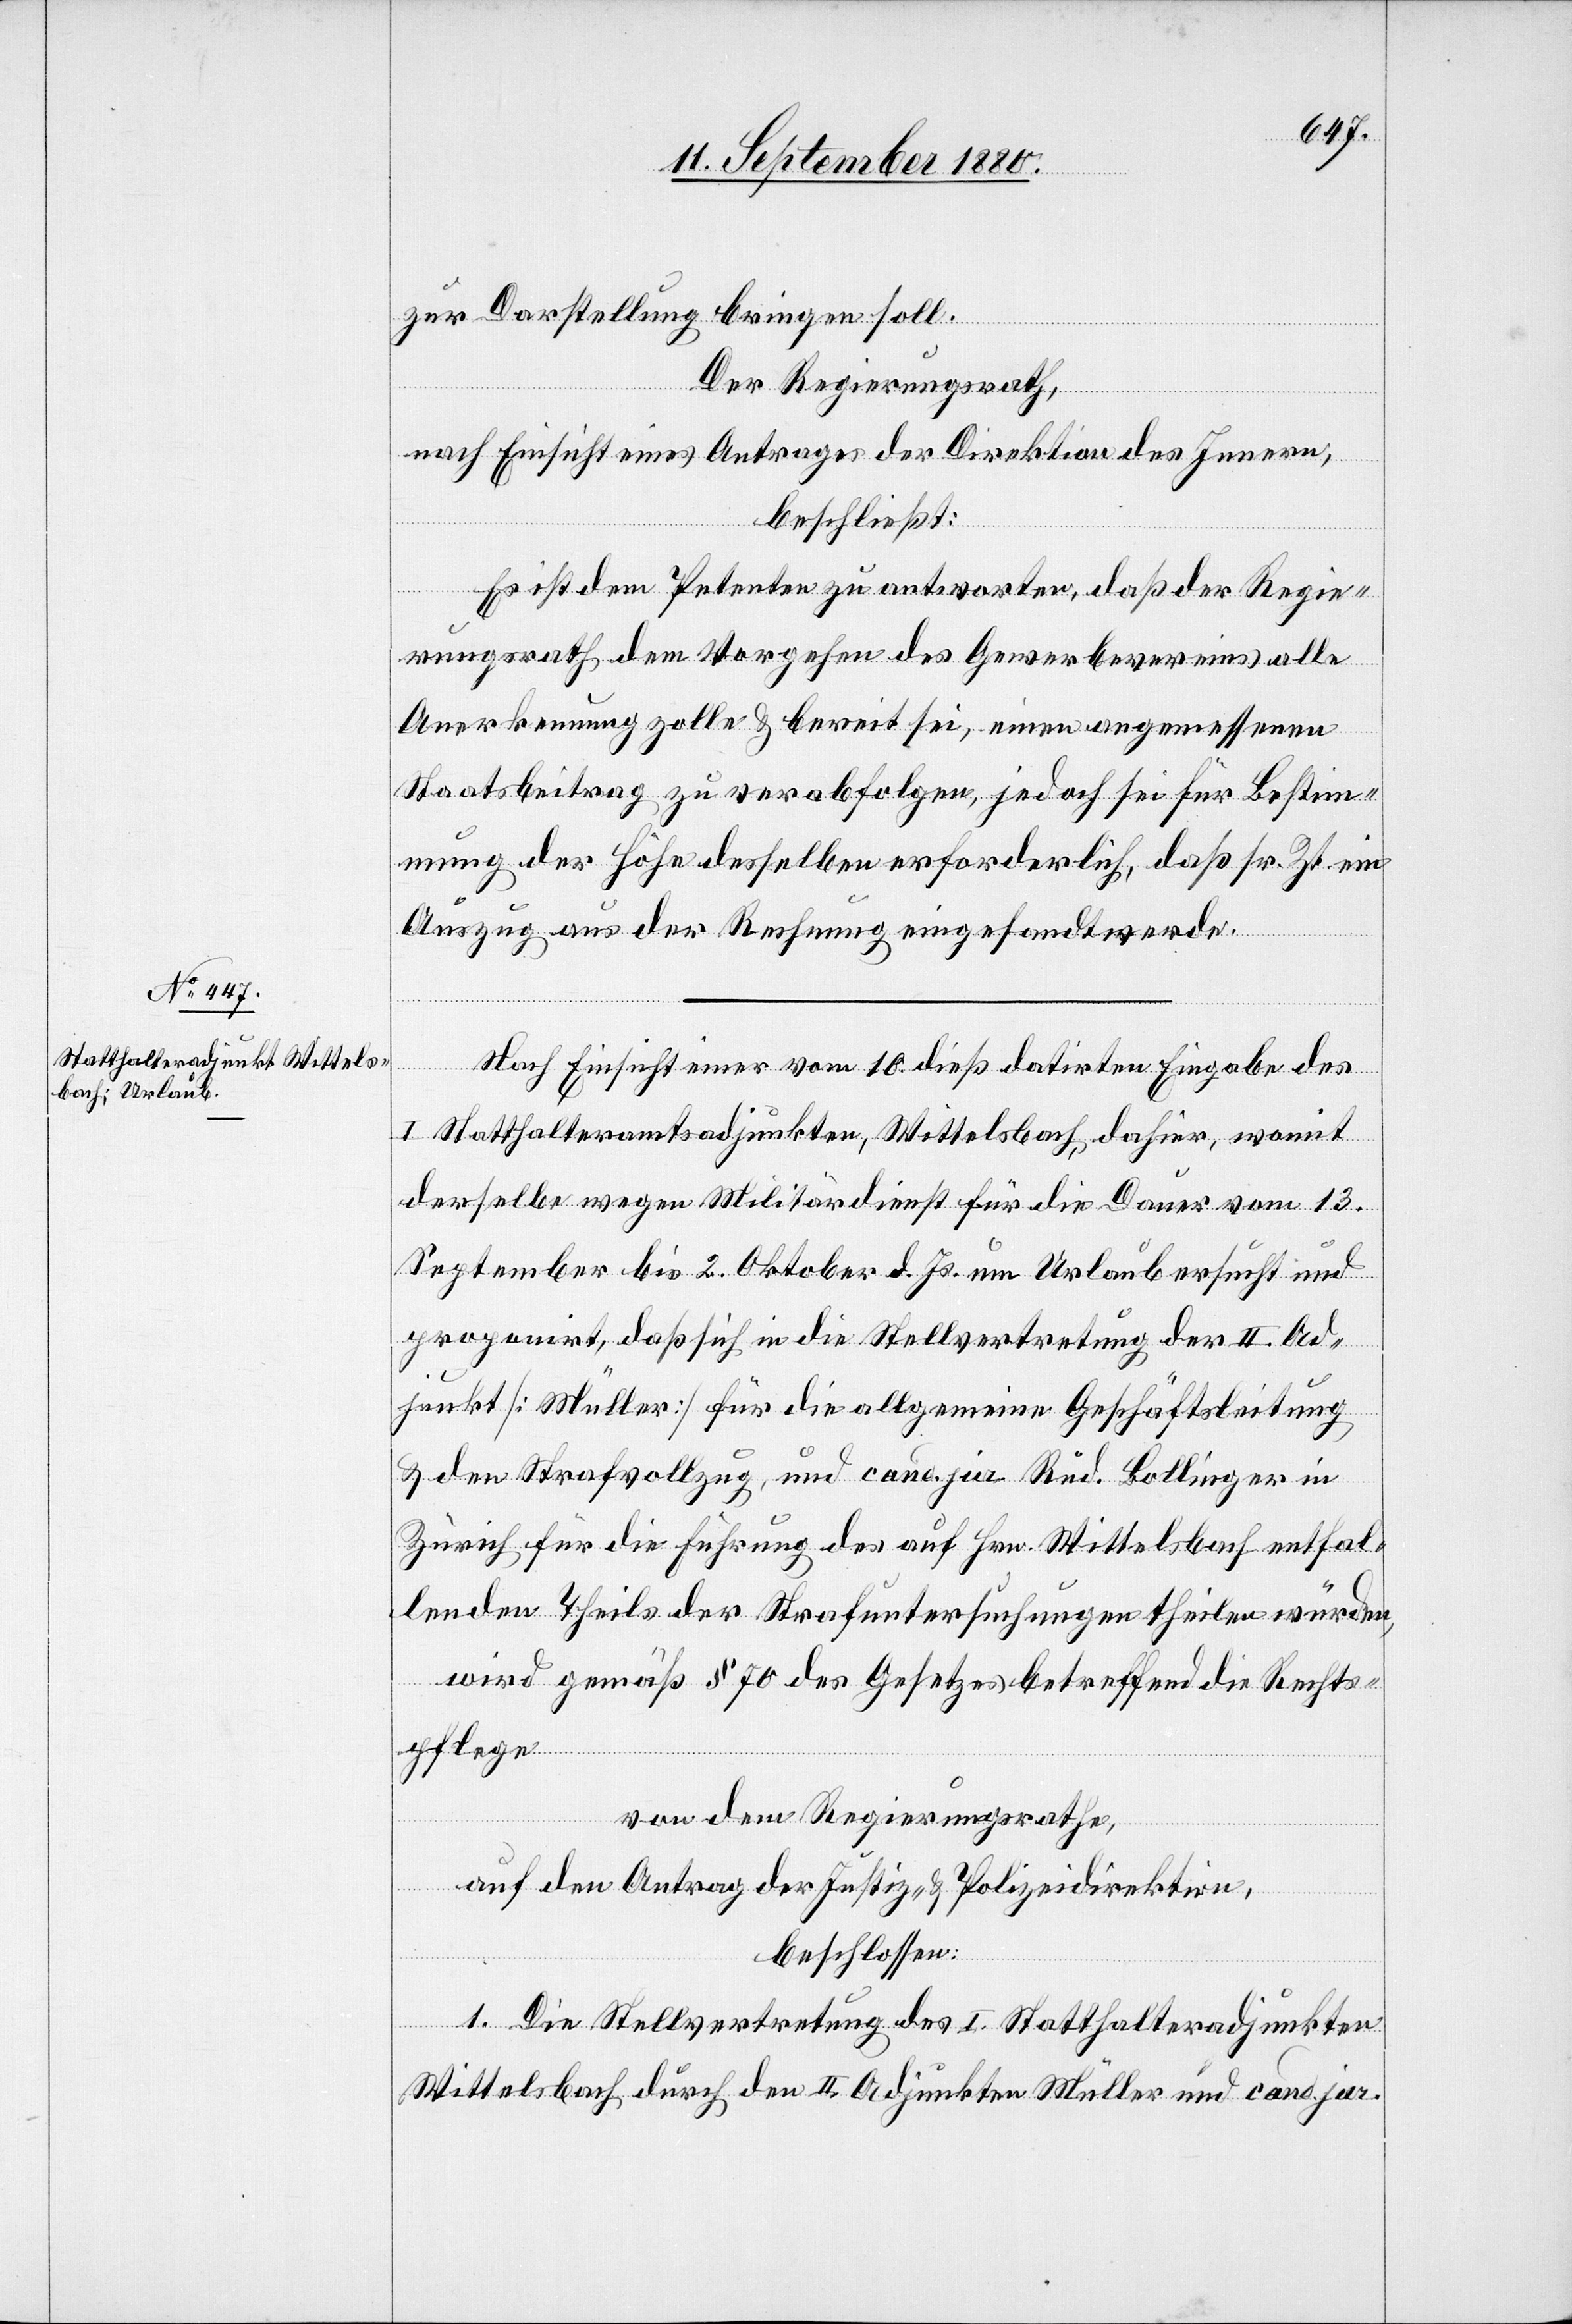
zur Darstellung bringen soll.
Der Regierungsrath,
nach Einsicht eines Antrages der Direktion des Innern,
beschließt:
Es ist dem Petenten zu antworten, daß der Regie¬
rungsrath dem Vorgehen des Gewerbevereins alle
Anerkennung zolle & bereit sei, einen angemessenen
Staatsbeitrag zu verabfolgen, jedoch sei für Bestim¬
mung der Höhe desselben erforderlich, daß sr. Zt. ein
Auszug aus der Rechnung eingesandt werde.
Nach Einsicht einer vom 10. dieß datirten Eingabe des
I. Statthalteramtsadjunkten, Wittelsbach dahier, womit
derselbe wegen Militärdienst für die Dauer vom 13.
September bis 2. Oktober d. Js. um Urlaub ersucht und
proponirt, daß sich in die Stellvertretung der II. Ad¬
junkt [Müller] für die allgemeine Geschäftsleitung
& den Strafvollzug, und cand. jur. Rud. Bollinger in
Zürich für die Führung des auf Hrn. Wittelsbach entfal¬
lenden Theils der Strafuntersuchungen theilen würden,
wird gemäß § 70 des Gesetzes betreffend die Rechts¬
pflege
von dem Regierungsrathe,
auf den Antrag der Justiz- & Polizeidirektion,
beschlossen:
1. Die Stellvertretung des I. Statthalteradjunkten
Wittelsbach durch den II. Adjunkten Müller und cand. jur.